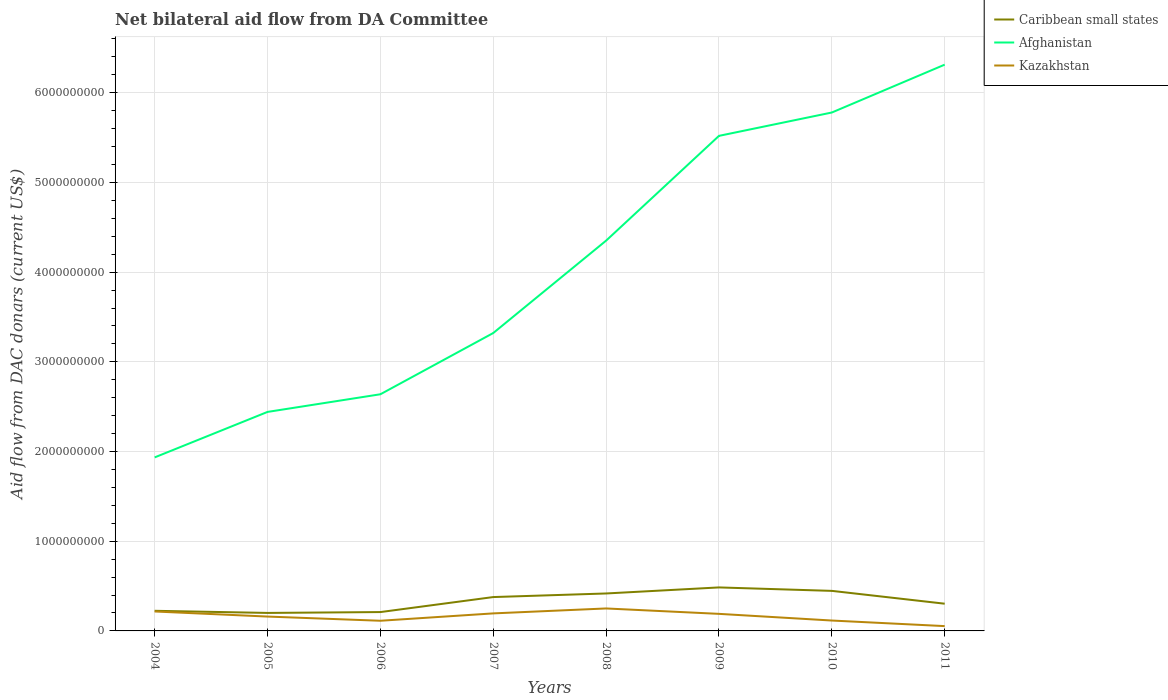
| Years | Caribbean small states | Afghanistan | Kazakhstan |
 | --- | --- | --- | --- |
 | 2004 | 2.24e+08 | 1.93e+09 | 2.17e+08 |
 | 2005 | 2.01e+08 | 2.44e+09 | 1.6e+08 |
 | 2006 | 2.1e+08 | 2.64e+09 | 1.13e+08 |
 | 2007 | 3.77e+08 | 3.32e+09 | 1.95e+08 |
 | 2008 | 4.18e+08 | 4.35e+09 | 2.5e+08 |
 | 2009 | 4.85e+08 | 5.52e+09 | 1.9e+08 |
 | 2010 | 4.46e+08 | 5.78e+09 | 1.16e+08 |
 | 2011 | 3.03e+08 | 6.31e+09 | 5.37e+07 |